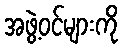
အဖွဲ့ဝင်များကို